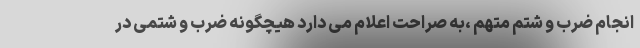
انجام ضرب و شتم متهم ،به صراحت اعلام می دارد هیچگونه ضرب و شتمی در